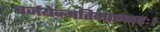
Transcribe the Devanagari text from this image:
वर्जयेन्मतिमान्नरः।